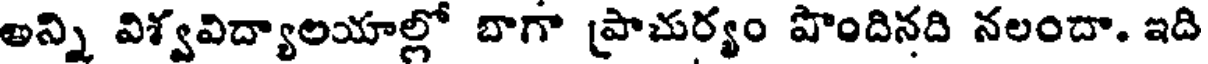
అన్ని విశ్వవిద్యాలయాల్లో బాగా ప్రాచుర్యం పొందినది నలందా. ఇది